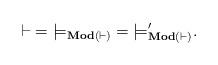
LaTeX: \begin{align*}{\vdash} = {\models_{\mathbf{Mod}({\vdash})}} = {\models'_{\mathbf{Mod}({\vdash})}}.\end{align*}